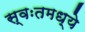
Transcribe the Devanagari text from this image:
स्वःतमध्ये